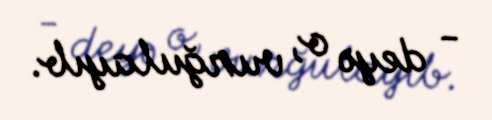
- deyə o, vurğulayıb.